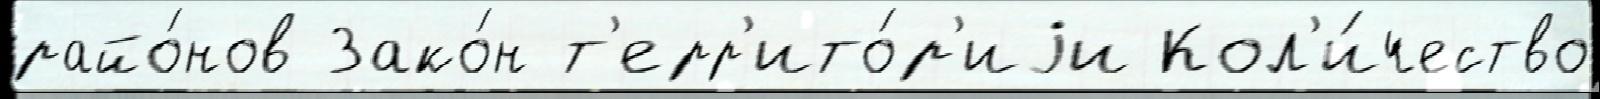
райо́нов Зако́н т'ерр'ито́р'иjи Кол'и́чество